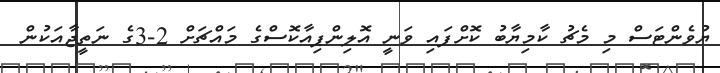
ޔުވެންޓަސް މި މެޗު ކާމިޔާބު ކޮށްފައި ވަނީ އޮލިންޕިއާކޮސްގެ މައްޗަށް 2-3ގެ ނަތީޖާއަކުން